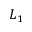
L _ { 1 }